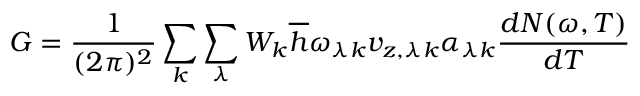
G = \frac { 1 } { ( 2 \pi ) ^ { 2 } } \sum _ { k } ^ { } \sum _ { \lambda } ^ { } W _ { k } \overline { { h } } \omega _ { \lambda k } v _ { z , \lambda k } \alpha _ { \lambda k } \frac { d N ( \omega , T ) } { d T }